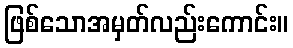
ဖြစ်သောအမှတ်လည်းကောင်း။